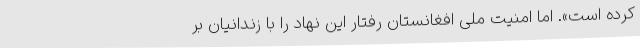
کرده است». اما امنیت ملی افغانستان رفتار این نهاد را با زندانیان بر